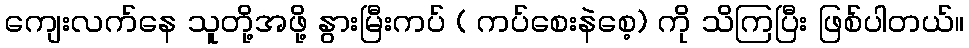
ကျေးလက်နေ သူတို့အဖို့ နွားမြီးကပ် ( ကပ်စေးနဲစေ့) ကို သိကြပြီး ဖြစ်ပါတယ်။